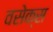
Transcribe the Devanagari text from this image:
वसेक्स